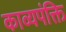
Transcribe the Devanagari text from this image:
काव्यपंक्ति